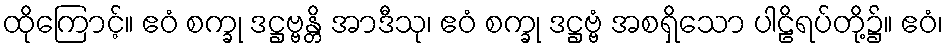
ထိုကြောင့်။ ဧဝံ စက္ခု ဒဋ္ဌဗ္ဗန္တိ အာဒီသု၊ ဧဝံ စက္ခု ဒဋ္ဌဗ္ဗံ အစရှိသော ပါဠိရပ်တို့၌။ ဧဝံ၊